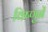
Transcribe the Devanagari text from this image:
विष्णुनें